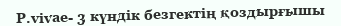
P.vivae- 3 күндік безгектің қоздырғышы